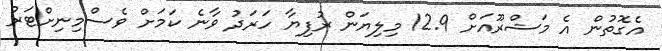
އެގޮތުން އެ މަޝްރޫއަށް 12.9 މިލިޔަން ރުފިޔާ ހަރަދު ވާނެ ކަމަށް ވެސްމިނިށްޓަރު